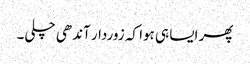
پھر ایسا ہی ہوا کہ زوردار آندھی چلی۔